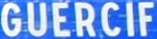
GUERCIF